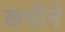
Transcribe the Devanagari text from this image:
खत्रीने